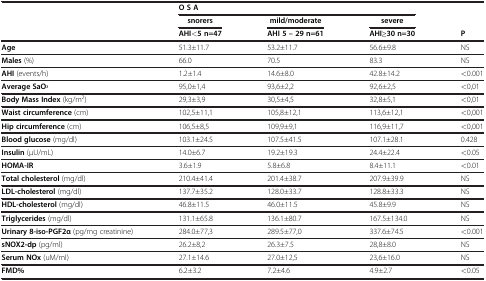
<table><thead><tr><td rowspan="2"><b> </b></td><td><b>OSA</b></td><td><b> </b></td><td><b> </b></td><td><b> </b></td></tr><tr><td><b>snorers</b></td><td><b>mild/moderate</b></td><td><b>severe</b></td><td><b> </b></td></tr><tr><td><b> </b></td><td><b>AHI&lt;5 n=47</b></td><td><b>AHI 5 – 29 n=61</b></td><td><b>AHI≥30 n=30</b></td><td><b>P</b></td></tr></thead><tbody><tr><td><b>Age</b></td><td>51.3±11.7</td><td>53.2±11.7</td><td>56.6±9.8</td><td>NS</td></tr><tr><td><b>Males</b> (%)</td><td>66.0</td><td>70.5</td><td>83.3</td><td>NS</td></tr><tr><td><b>AHI</b> (events/h)</td><td>1.2±1.4</td><td>14.6±8.0</td><td>42.8±14.2</td><td>&lt;0.001</td></tr><tr><td><b>Average SaO</b><sub><b>2</b></sub></td><td>95,0±1,4</td><td>93,6±2,2</td><td>92,6±2,5</td><td>&lt;0,01</td></tr><tr><td><b>Body Mass Index</b> (kg/m<sup>2</sup>)</td><td>29,3±3,9</td><td>30,5±4,5</td><td>32,8±5,1</td><td>&lt;0,01</td></tr><tr><td><b>Waist circumference</b> (cm)</td><td>102,5±11,1</td><td>105,8±12,1</td><td>113,6±12,1</td><td>&lt;0,001</td></tr><tr><td><b>Hip circumference</b> (cm)</td><td>106,5±8,5</td><td>109,9±9,1</td><td>116,9±11,7</td><td>&lt;0,001</td></tr><tr><td><b>Blood glucose</b> (mg/dl)</td><td>103.1±24.5</td><td>107.5±41.5</td><td>107.1±28.1</td><td>0.428</td></tr><tr><td><b>Insulin</b> (μU/mL)</td><td>14.0±6.7</td><td>19.2±19.3</td><td>24.4±22.4</td><td>&lt;0.05</td></tr><tr><td><b>HOMA-IR</b></td><td>3.6±1.9</td><td>5.8±6.8</td><td>8.4±11.1</td><td>&lt;0.01</td></tr><tr><td><b>Total cholesterol</b> (mg/dl)</td><td>210.4±41.4</td><td>201.4±38.7</td><td>207.9±39.9</td><td>NS</td></tr><tr><td><b>LDL-cholesterol</b> (mg/dl)</td><td>137.7±35.2</td><td>128.0±33.7</td><td>128.8±33.3</td><td>NS</td></tr><tr><td><b>HDL-cholesterol</b> (mg/dl)</td><td>46.8±11.5</td><td>46.0±11.5</td><td>45.8±9.9</td><td>NS</td></tr><tr><td><b>Triglycerides</b> (mg/dl)</td><td>131.1±65.8</td><td>136.1±80.7</td><td>167.5±134.0</td><td>NS</td></tr><tr><td><b>Urinary 8-iso-PGF2α</b> (pg/mg creatinine)</td><td>284.0±77,3</td><td>289.5±77,0</td><td>337.6±74.5</td><td>&lt;0.001</td></tr><tr><td><b>sNOX2-dp</b> (pg/ml)</td><td>26.2±8,2</td><td>26.3±7.5</td><td>28,8±8.0</td><td>NS</td></tr><tr><td><b>Serum NOx</b> (uM/ml)</td><td>27.1±14.6</td><td>27.0±12,5</td><td>23,6±16.0</td><td>NS</td></tr><tr><td><b>FMD%</b></td><td>6.2±3.2</td><td>7.2±4.6</td><td>4.9±2.7</td><td>&lt;0.05</td></tr></tbody></table>